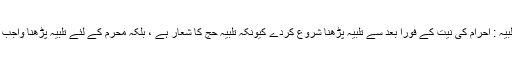
[5] تلبیہ : احرام کی نیت کے فورا بعد سے تلبیہ پڑھنا شروع کردے کیونکہ تلبیہ حج کا شعار ہے ، بلکہ محرم کے لئے تلبیہ پڑھنا واجب ہے ۔